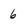
Character: 6